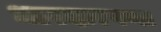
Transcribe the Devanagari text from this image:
धारदारपणा